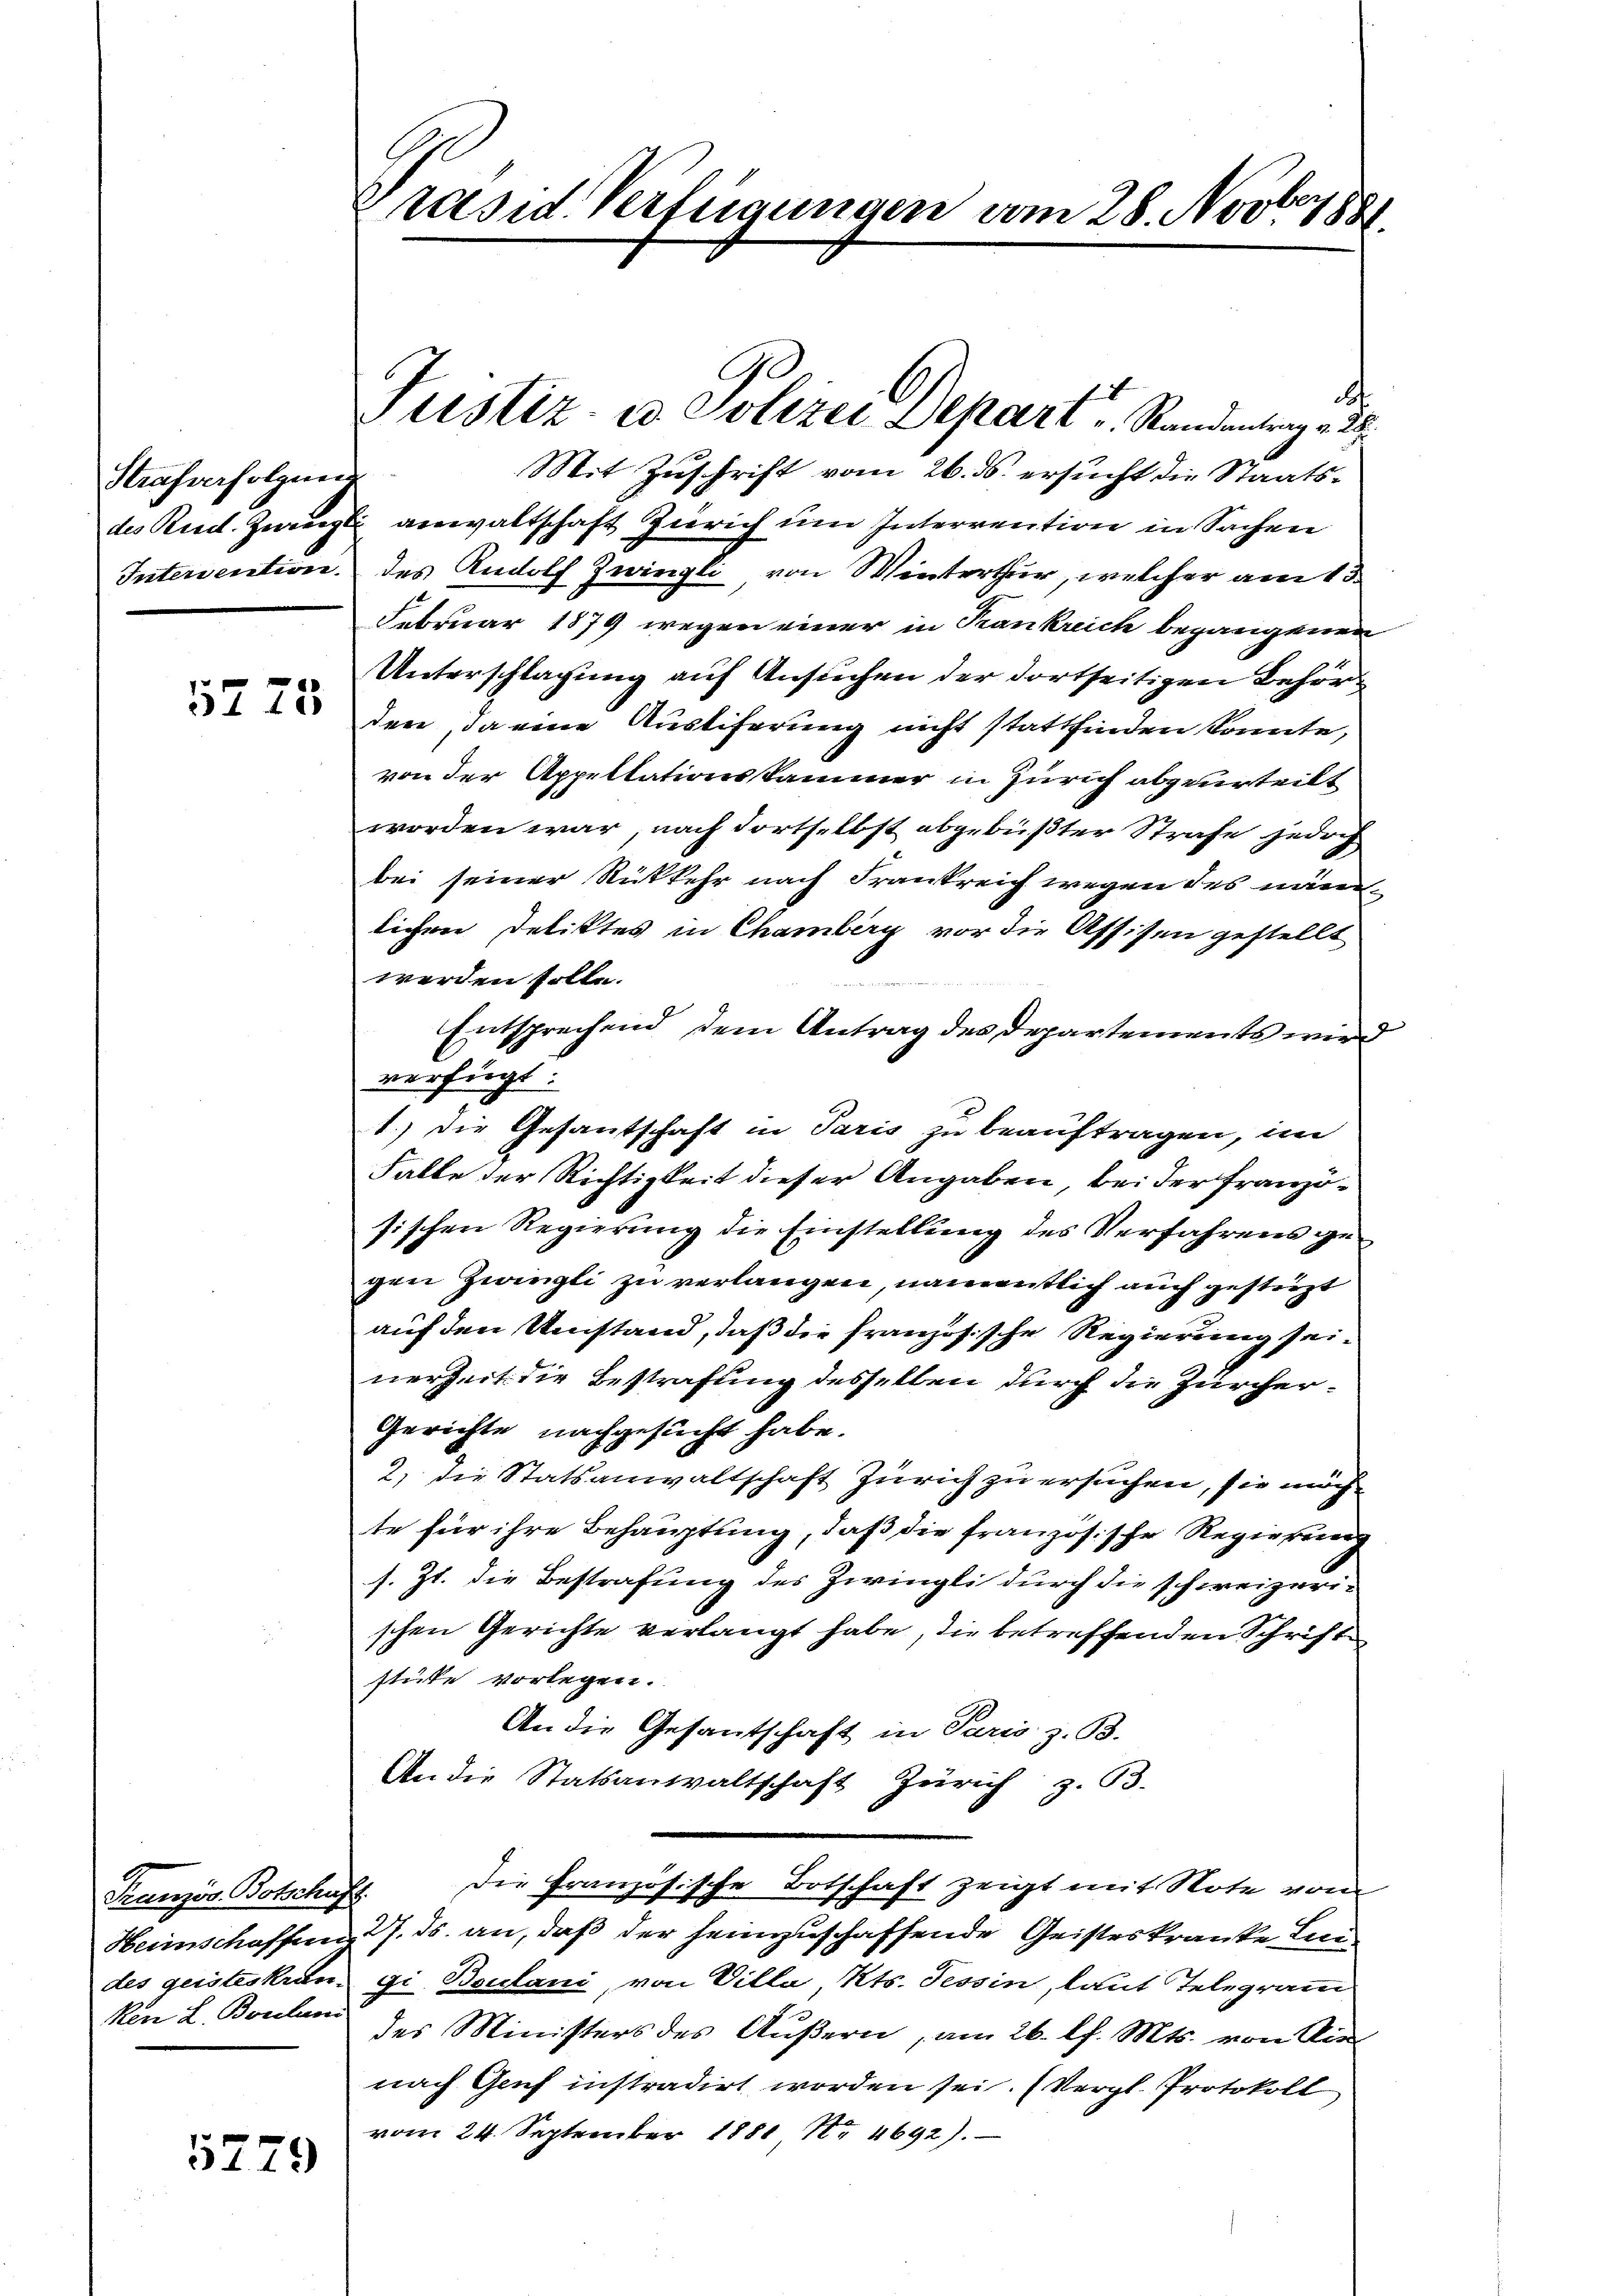
Strafverfolgung

5275

Französ. Botschuss
Ren L. Borluni

5779

Präsid. Verfügungen vom 28. Novb. 1891.

d
Mit Zuschrift vom 26. ds. ersucht die Staatsdes Rud. Ziegl anwaltschaft Zürich um Interrention in Sachen
Intervention des Rudolf Zwingli von Winterthur, welcher am 15.
Februar 1879 wegen einer in Krankreich begangenen
Unterschlagung auf Ansuchen der dortseitigen Behörden, da eine Austiferung nicht stattfinden konnte,
von der Appellationskammer in Zürich abgeurteilt
worden war, nach dortselbst abgebüßter Strafe jedoch
bei seiner Rückkehr nach Frankreich wegen des nämlichen Deliktes in Chamberg vor die Assisen gestellt
werden solle.
Entsprechend dem Antrag des Departements wird
verfügt:
1.) Die Gesantschaft in Paris zu beauftragen, im
Falte der Richtigkeit dieser Angaben, bei der Französischen Regierung die Einstellung des Verfahrens gegen Zwingli zu verlangen, namentlich auch gesteigt
auf den Umstand, daß die französische Regierung seinerzeit die Bestrafung desselben durch die Zürcher¬
Gerichte nachgesucht habe.
2) die Statsanwaltschaft Zürich zu ersuchen, sie möchte für ihre Behauptung, daß die französische Regierung
s. Zt. die Bestrafung des Zwingli durch die schweizeri-
schen Gerichte verlangt habe, die betreffenden Schrift
stüke vorlegen.
An die Gesandtschaft in Paris z. B.
An die Statsanwaltschaft Zürich z. B.
Die Französische Botschaft zeigt mit Note vom
Heimschaffen 27. ds. an, daß der heimzuschaffende Geisteskrante Lin
des geisteskrangi Boulani, von Villa, Kts. Tessin, laut Telegram
des Ministers des Äußern, am 26. l. Mts. von Rienach Genf instradirt worden sei. (Vergl. Protokoll
vom 24. September 1881 Nr. 4692).

Justiz- u. Polizei Depart u. Standentrag v. 28.